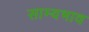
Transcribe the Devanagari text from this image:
साम्यभाव